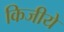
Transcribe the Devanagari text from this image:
किजीये